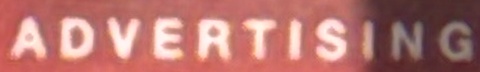
ADVERTISING